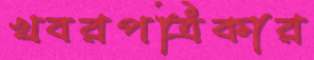
খবরপত্রিকার